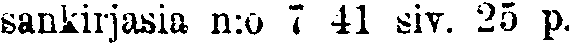
sankirjasia n:o 7 41 siv. 25 p.